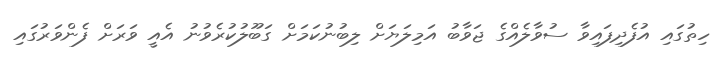
ހިތުގައި އުފެދިފައިވާ ސުވާލެއްގެ ޖަވާބު އަމިލަޔަށް ލިބުނުކަމަށް ގަބޫލުކުރެވުނު އެއީ ވަރަށް ފެންވަރުގައި